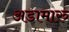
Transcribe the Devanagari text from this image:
अडामारु